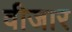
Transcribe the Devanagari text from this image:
वीजार